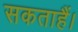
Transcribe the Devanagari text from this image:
सकताहैं।